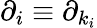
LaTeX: \partial_{i}\equiv\partial_{k_{i}}